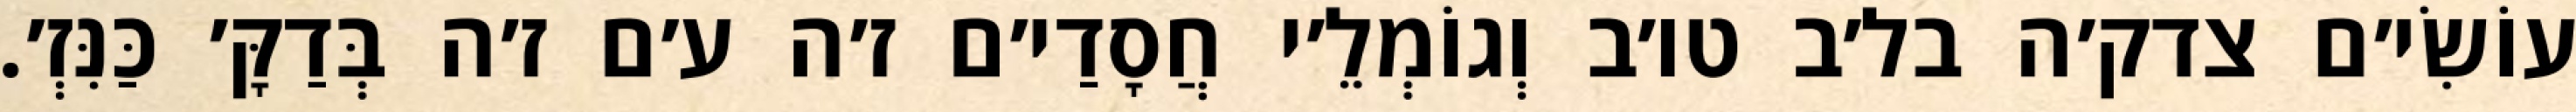
עוֹשִׂי׳ם צדק׳ה בל׳ב טו׳ב וְגוֹמְלֵ׳י חֲסָדַי׳ם ז׳ה ע׳ם ז׳ה בְּדַקָּ׳ כַּנִּזְ׳.